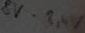
Text: 8V-8,4V